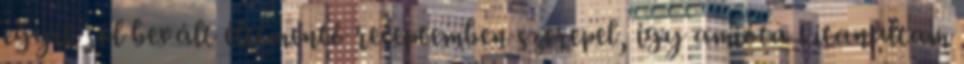
egyik jól bevált életmentő receptemben szerepel, így amióta kitanultam